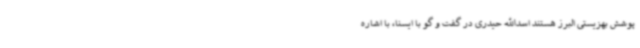
پوشش بهزیستی البرز هستند اسدالله حیدری در گفت و گو با ایسنا، با اشاره